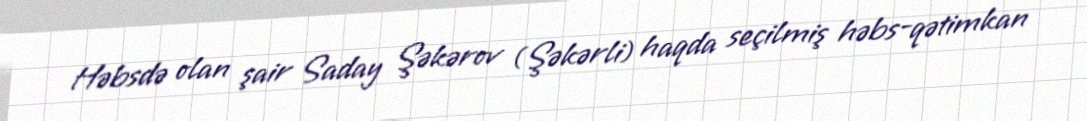
Həbsdə olan şair Saday Şəkərov (Şəkərli) haqda seçilmiş həbs-qətimkan